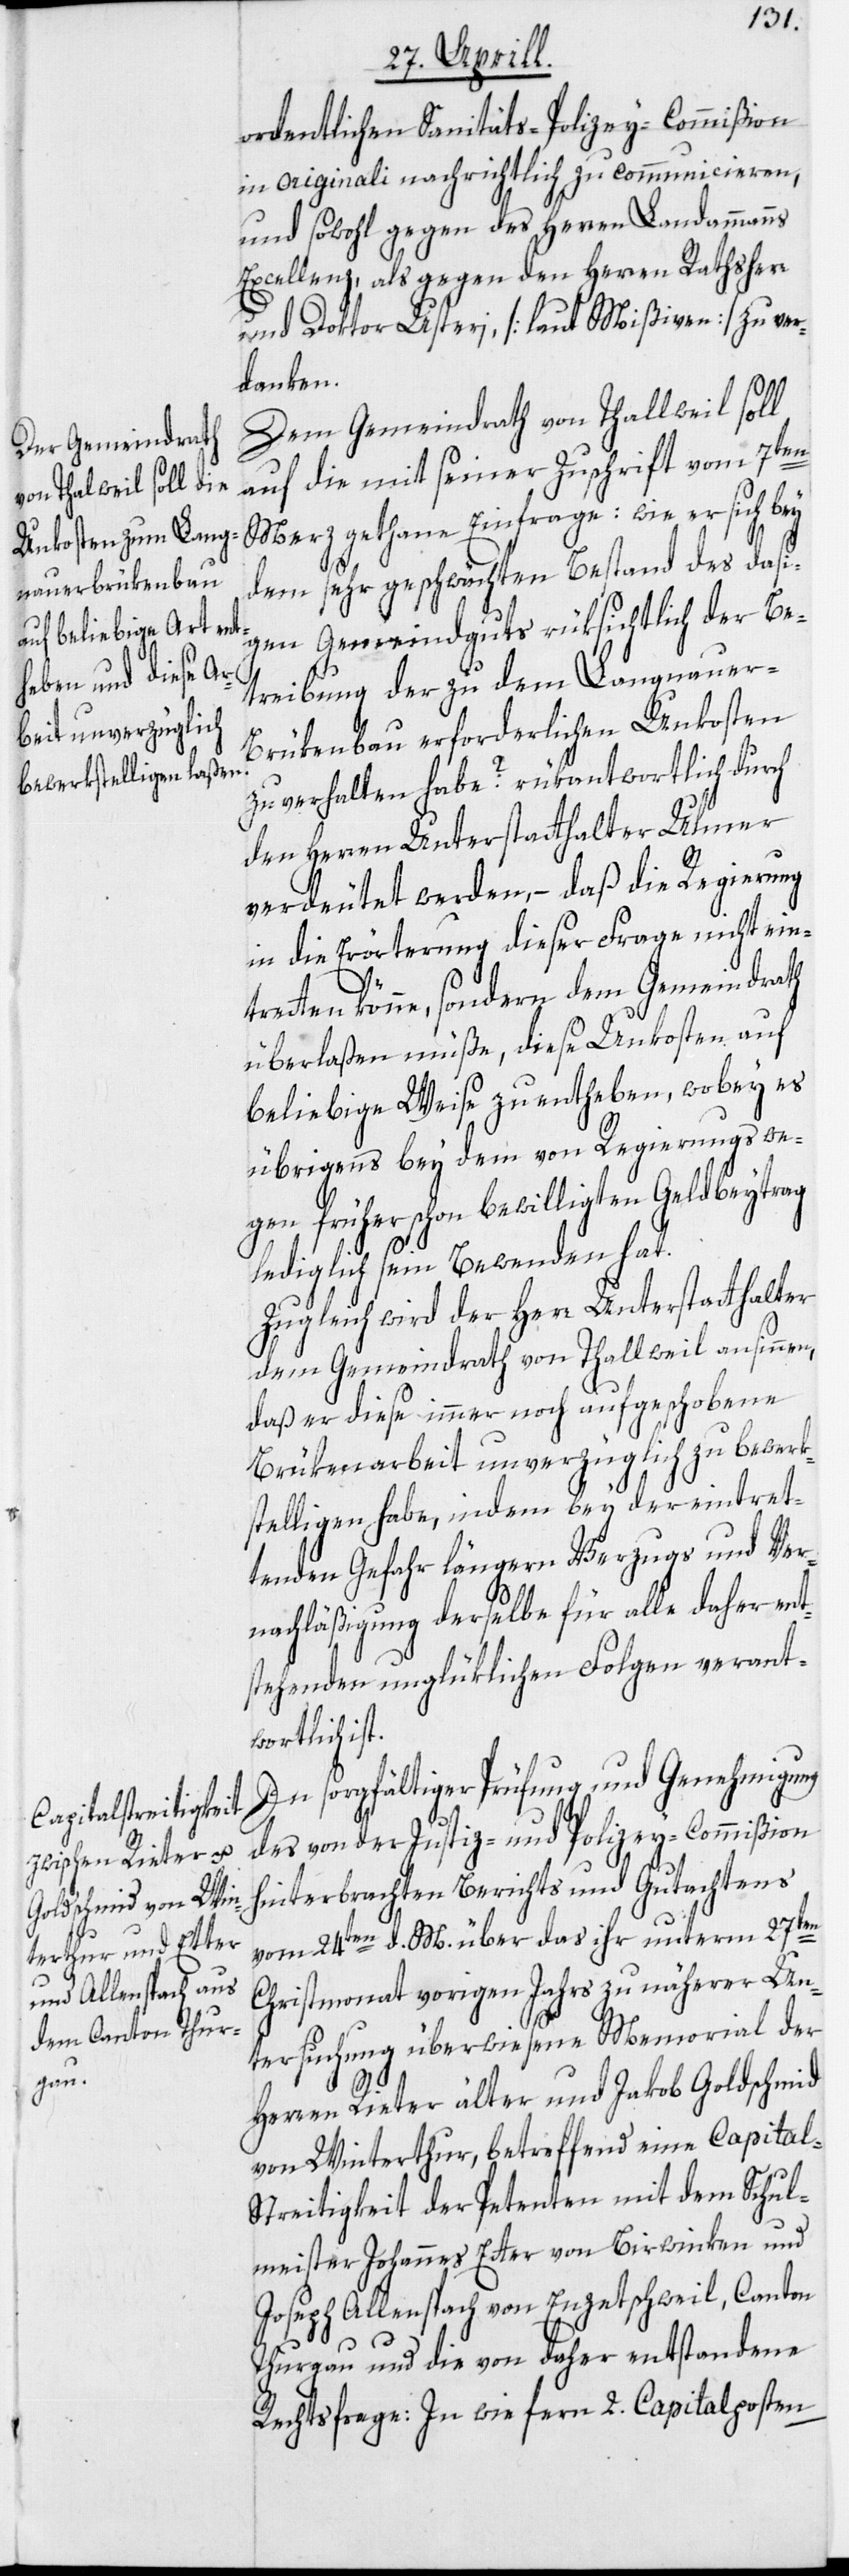
ordentlichen Sanitäts-Polizey-Commißion
in originali nachrichtlich zu communicieren,
und sowohl gegen des Herren Landammanns
Excellenz, als gegen den Herren Rathsherr
und Doktor Usteri, [laut Mißiven] zu ver¬
danken.
Dem Gemeindrath von Thallweil soll
auf die mit seiner Zuschrift vom 7ten
Merz gethane Einfrage: wie er sich bey
dem sehr geschwächten Bestand des dasi¬
gen Gemeindguts rüksichtlich der Be¬
treibung der zu dem Langnauer-B¬
rükenbau erforderlichen Unkosten
zu verhalten habe? rükantwortlich durch
den Herren Unterstatthalter Ulmer
verdeutet werden, – daß die Regierung
in die Erörterung dieser Frage nicht ein¬
tretten könne, sondern dem Gemeindrath
überlaßen müße, diese Unkosten auf
beliebige Weise zu entheben, wobey es
übrigens bey dem von Regierungs we¬
gen früher schon bewilligten Geldbeytrag
lediglich sein Bewenden hat.
Zugleich wird der Herr Unterstatthalter
dem Gemeindrath von Thallweil ansinnen,
daß er diese immer noch aufgeschobene
Brükenarbeit unverzüglich zu bewerk¬
stelligen habe, indem bey der eintret¬
tenden Gefahr längern Verzugs und Ver¬
nachläßigung derselbe für alle daher ent¬
stehenden unglüklichen Folgen verant¬
wortlich ist.
In sorgfältiger Prüfung und Genehmigung
des von der Justiz- und Polizey-Commißion
hinterbrachten Berichts und Gutachtens
vom 24ten d. M. über das ihr unterm 27ten
Christmonat vorigen Jahrs zu näherer Un¬
tersuchung überwiesene Memorial der
Herren Rieter älter und Jakob Goldschmid
von Winterthur, betreffend eine Capital-S¬
treitigkeit der Petenten mit dem Schul¬
meister Johannes Etter von Birwinken und
Joseph Allenspach von Enzetschweil, Canton
Thurgau und die von daher entstandene
Rechtsfrage: In wie fern 2. Capitalposten